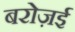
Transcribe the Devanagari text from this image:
बरोज़ई